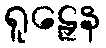
ရူဠှေန